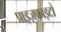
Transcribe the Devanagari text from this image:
प्राइज़फाइटों